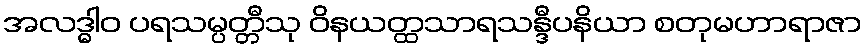
အလဒ္ဓါဝ ပရသမ္ပတ္တီသု ဝိနယတ္ထသာရသန္ဒီပနိယာ စတုမဟာရာဇာ